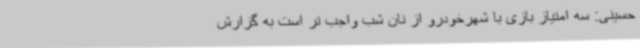
حسینی: سه امتیاز بازی با شهرخودرو از نان شب واجب تر است به گزارش